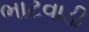
ભાટવાડી